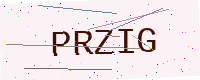
Text: PRZIG